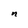
Character: n